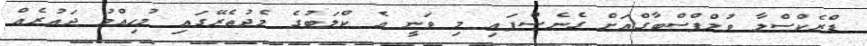
ޑްރެކްސްލާ ވުލްފްސްބާގްއަށް ގެނެސްފައި މި ވަނީ އެ ކްލަބުގެ މެދުތެރޭގައި މުހިއްމު ދައުރެއް